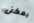
يمكن